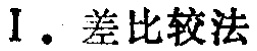
I. 差比较法